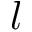
l